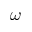
\omega